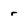
Character: r